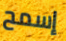
إسمح